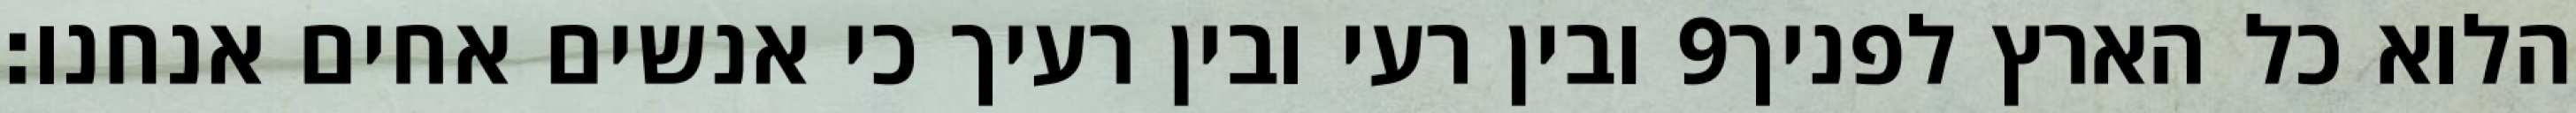
ובין רעי ובין רעיך כי אנשים אחים אנחנו׃ ‎9‏ הלוא כל הארץ לפניך